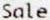
SALE